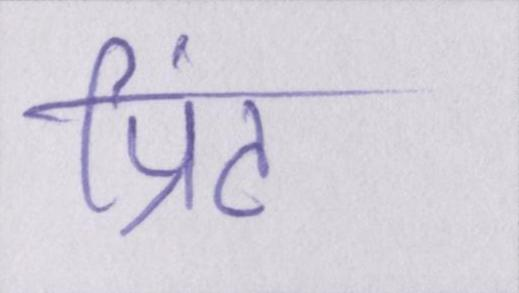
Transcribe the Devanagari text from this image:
प्रिंट